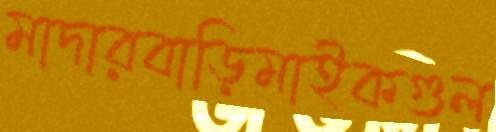
মাদারবাড়িমাইকগুল